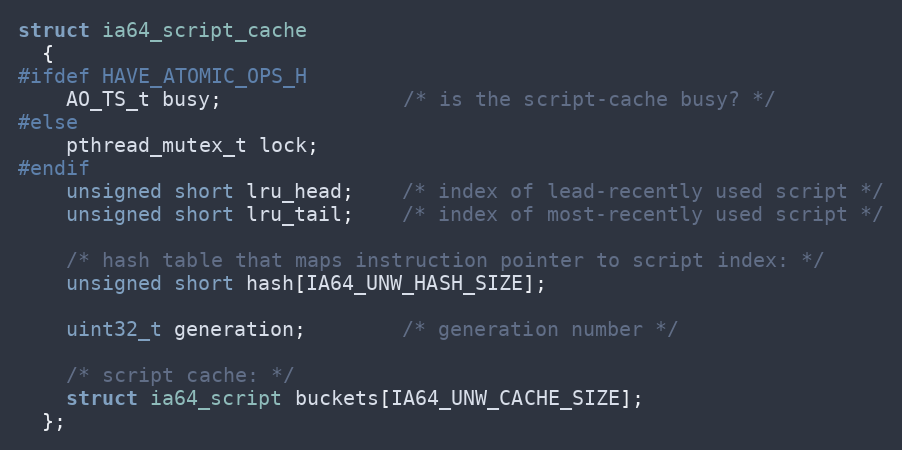
Language: C
struct ia64_script_cache
  {
#ifdef HAVE_ATOMIC_OPS_H
    AO_TS_t busy;               /* is the script-cache busy? */
#else
    pthread_mutex_t lock;
#endif
    unsigned short lru_head;    /* index of lead-recently used script */
    unsigned short lru_tail;    /* index of most-recently used script */

    /* hash table that maps instruction pointer to script index: */
    unsigned short hash[IA64_UNW_HASH_SIZE];

    uint32_t generation;        /* generation number */

    /* script cache: */
    struct ia64_script buckets[IA64_UNW_CACHE_SIZE];
  };